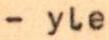
- yle